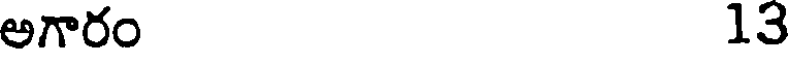
అగారం 13